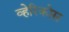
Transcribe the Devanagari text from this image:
व्हेरिकोस